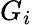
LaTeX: G_{i}